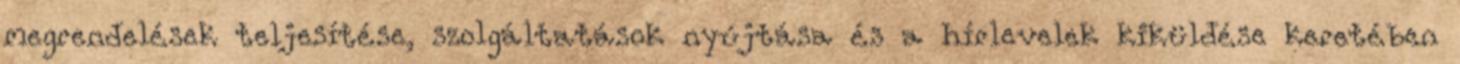
megrendelések teljesítése, szolgáltatások nyújtása és a hírlevelek kiküldése keretében